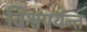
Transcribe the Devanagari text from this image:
विश्वपर्यन्त